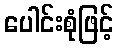
ပေါင်းစုံဖြင့်